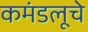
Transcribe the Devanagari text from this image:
कमंडलूचे